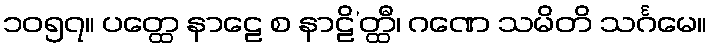
၁၀၅၇။ ပတ္ထေ နာဠေ စ နာဠိ’တ္ထီ၊ ဂဏေ သမိတိ သင်္ဂမေ။